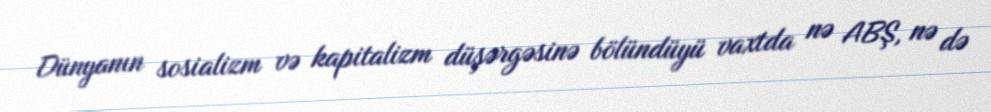
Dünyanın sosializm və kapitalizm düşərgəsinə bölündüyü vaxtda nə ABŞ, nə də